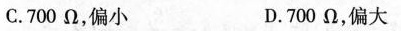
C.700Ω，偏小 D.700Ω，偏大